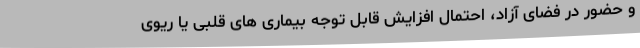
و حضور در فضای آزاد، احتمال افزایش قابل توجه بیماری های قلبی یا ریوی